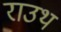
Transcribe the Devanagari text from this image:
राउथ